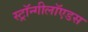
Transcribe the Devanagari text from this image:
स्ट्रॉन्गीलॉएडस